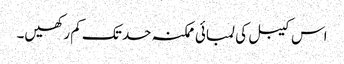
اس کیبل کی لمبائی ممکنہ حد تک کم رکھیں۔